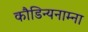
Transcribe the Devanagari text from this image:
कौडिन्यनाम्ना